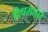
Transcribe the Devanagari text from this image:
विषमतेने